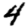
Digit: 4